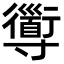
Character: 𡭑